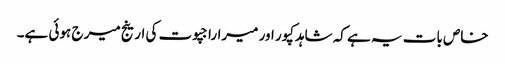
خاص بات یہ ہے کہ شاہدکپور اور میراراجپوت کی ارینج میر ج ہوئی ہے۔